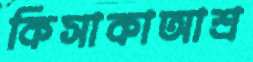
কিসাকাআশ্র